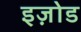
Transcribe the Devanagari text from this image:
इज़ोड